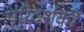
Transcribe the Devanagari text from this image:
परिदर्शकों